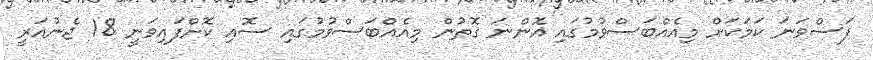
ފަސްވަނަ ކަމަކަށް މިއެއްބަސްވުމުގައި އޮންނަ ގޮތުން މިއެއްބަސްވުމުގައި ސޮއި ކޮށްފައިވަނީ 18 ޖެނުއަރީ